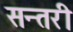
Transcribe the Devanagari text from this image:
सन्तरी